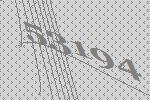
53194